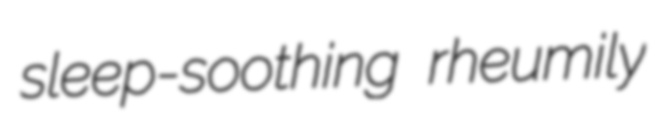
sleep-soothing rheumily